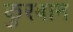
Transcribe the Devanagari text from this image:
कुरबान